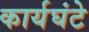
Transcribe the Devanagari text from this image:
कार्यघंटे